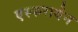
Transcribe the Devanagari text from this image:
एस्फरायेन